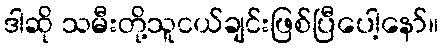
ဒါဆို သမီးတို့သူငယ်ချင်းဖြစ်ပြီပေါ့နော်။